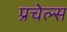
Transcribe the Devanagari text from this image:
प्रचेल्स